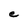
Character: e